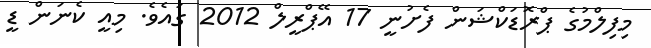
މިފިލްމުގެ ޕްރޮޑަކްޝަން ފެށުނީ 17 އޭޕްރީލް 2012 ގައެވެ. މިއީ ކެނަން ޑީ